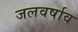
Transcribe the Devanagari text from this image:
जलवर्षाव